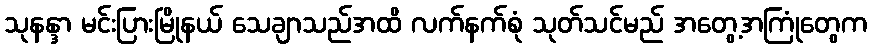
သုနန္ဒာ မင်းပြားမြိုနယ် သေချာသည်အထိ လက်နက်စုံ သုတ်သင်မည် အတွေ့အကြုံတွေက